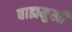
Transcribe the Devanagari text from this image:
बाह्यमुखी